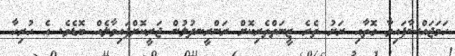
ހަމަޖައްސާފައިވާ ގޮތާއި ރަށު ތެރެ ޒީނަތްތެރިކޮށް ރަންރީނދުލުން ޖަރީކޮށްފައިވާލެއް ބޮޑެވެ. އެ ހުރިހާ